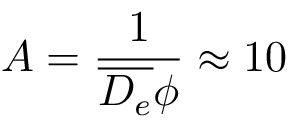
A = \frac { 1 } { \overline { { D _ { e } } } \phi } \approx 1 0